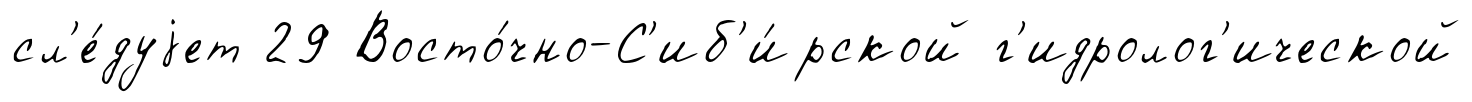
сл'е́дуjет 29 Восто́чно-С'иб'и́рской г'идролог'ической